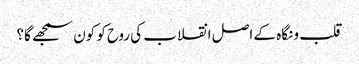
قلب و نگاہ کے اصل انقلاب کی روح کو کون سمجھے گا؟